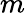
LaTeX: m